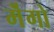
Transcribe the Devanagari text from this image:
मॆंगो